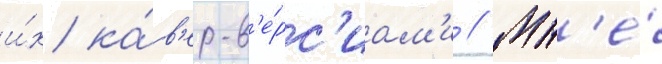
и́х ка́в'ер-в'е́рс'иам'и // Мн'е́